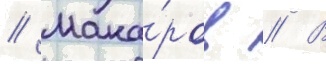
// Мака́ров // В